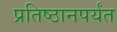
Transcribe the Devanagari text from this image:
प्रतिष्ठानपर्यंत